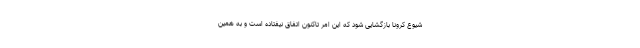
شیوع کرونا بازگشایی شود که این امر تاکنون اتفاق نیفتاده است و به همین